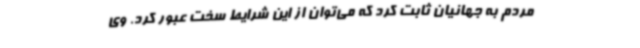
مردم به جهانیان ثابت کرد که می‌توان از این شرایط سخت عبور کرد. وی